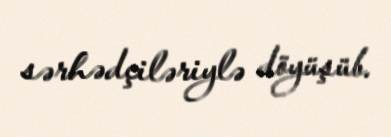
sərhədçiləriylə döyüşüb.